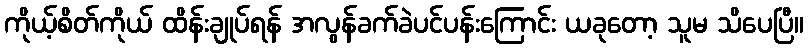
ကိုယ့်စိတ်ကိုယ် ထိန်းချုပ်ရန် အလွန်ခက်ခဲပင်ပန်းကြောင်း ယခုတော့ သူမ သိပေပြီ။